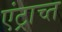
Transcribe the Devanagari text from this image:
एंट्राच्त